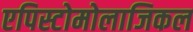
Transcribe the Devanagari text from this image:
एपिस्टोमोलाजिकल